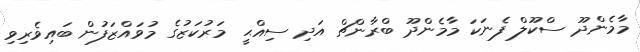
މާމެންދޫ ސްކޫލް ފެނަކަ މާމެންދޫ ބްރާންޗް އަދި ސިއްޙީ މަރުކަޒުގެ މުވައްޒަފުން ބައިވެރިވި